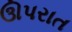
ઊપરાત